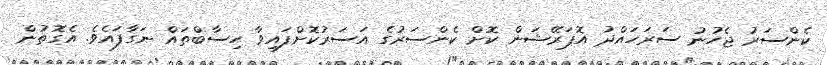
ކެންސަރު ޖެހުނު ސަރަހައްދު އޮޕަރޭޝަން ކޮށް ކެންސަރުގެ އަސަރުކޮށްފައިވާ ހިސާބްތައް ނަގާފައެވެ. އެގޮތުން